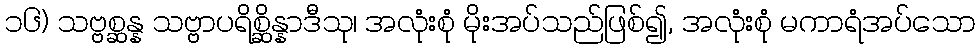
၁၆) သဗ္ဗစ္ဆန္န သဗ္ဗာပရိစ္ဆိန္နာဒီသု၊ အလုံးစုံ မိုးအပ်သည်ဖြစ်၍, အလုံးစုံ မကာရံအပ်သော